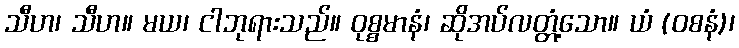
သီဟ၊ သီဟ။ မယ၊ ငါဘုရားသည်။ ဝုစ္စမာနံ၊ ဆိုအပ်လတ္တံ့သော။ ယံ (ဝစနံ)၊